Report on vaccination in Madras 1922-1929 - 1922-1929
Year: 1922
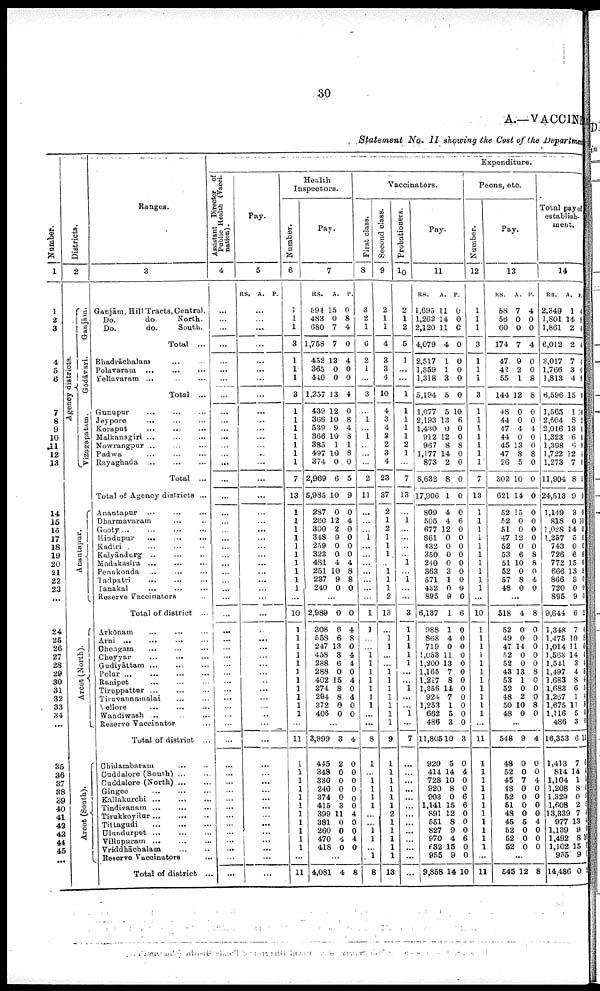
30
A.—VACCINE
Statement No. II showing the Cost of the Department
Number.
1
1
2
3
4
5
6
7
8
9
10
11
12
13
14
15
16
17
18
19
20
21
22
23
...
24
25
26
27
28
29
30
31
32
33
34
...
35
36
37
38
39
40
41
42
43
44
45
...
Districts.
2
Agency districts.
Ganjām.
Gōdāvari.
Vizagapatam.
Anantapur.
Arcot (North).
Arcot (South).
Ranges.
3
Ganjām, Hill Tracts, Central.
Do.
do.
North.
Do.
do.
South.
Total ...
Bhadrāchalam ... ...
Polavaram
...
...
...
Yellavaram ... ... ...
Total ...
Gunupur ... ... ...
Jeypore ... ... ...
Koraput
...
...
...
Malkanagiri ... ... ...
Nowrangpur ... ... ...
Padwa ... ... ...
Rayaghada
...
...
...
Total ...
Total of Agency districts ...
Anantapur
...
...
...
Dharmavaram ... ... ...
Gooty
...
...
...
...
Hindupur
... ... ...
Kadiri
...
...
...
...
Kalyāndurg
...
...
...
Madakasira ... ... ...
Penukonda
...
...
...
Tadpatri ... ... ...
Tanakal
...
...
...
Reserve Vaccinators ...
Total of district ...
Arkōnam ... ... ...
Arni ... ... ...
Chengam ... ... ...
Cheyyar
...
...
...
Gudiyāttam
...
...
...
Polur
...
...
...
...
Ranipet ... ... ...
Tiruppattur
...
...
...
Tiruvannamalai ... ...
Nellore ... ... ...
Wandiwash
...
...
...
Reserve Vaccinator ...
Total of district ...
Chidambaram
...
...
Cuddalore (South ) ... ...
Cuddalore (North) ... ...
Gingee
...
...
...
Kallakurchi ... ... ...
Tindivanam
...
...
...
Tirukkoyilur
...
...
...
Tittagudi
...
...
...
Ulundurpet
...
...
...
Villupuram ... ... ...
Vriddhāchalam
...
...
Reserve Vaccinators ...
Total of district ...
Expenditure.
Assistant Director of
Public Health (Vacci
nation) .
4
...
...
...
...
...
...
...
...
...
...
...
...
...
...
...
...
...
...
...
...
...
...
...
...
...
...
...
...
...
...
...
...
...
...
...
...
...
...
...
...
...
...
...
...
...
...
...
...
...
...
...
...
...
...
...
Pay.
5
RS. A. P.
...
...
...
...
...
...
...
...
...
...
...
...
...
...
...
...
...
...
...
...
...
...
...
...
...
...
...
...
...
...
...
...
...
...
...
...
...
...
...
...
...
...
...
...
...
...
...
...
...
...
...
...
...
...
...
Health
Inspectors.
Number.
6
1
1
1
3
1
1
1
3
1
1
1
1
1
1
1
7
13
1
1
1
1
1
1
1
1
1
1
...
10
1
1
1
1
1
1
1
1
1
1
1
...
11
1
1
1
1
1
1
1
1
1
1
1
...
11
Pay.
7
RS.
594
483
680
1,758
452
365
440
1,257
439
366
539
366
385
497
374
2,969
5,985
287
260
300
348
259
323
481
251
237
240
A.
15
0
7
7
13
0
0
13
12
10
9
10
1
10
0
6
10
0
12
2
9
0
0
4
10
9
0
P.
0
8
4
0
4
0
0
4
0
8
4
8
1
8
0
5
9
0
4
0
0
0
0
4
8
8
0
...
2,989
308
558
247
458
288
288
402
374
294
372
406
0
6
6
13
3
6
0
15
8
8
0
0
0
4
8
0
4
4
0
4
0
4
0
0
...
3,999
445
348
330
240
374
415
399
381
260
470
418
3
2
0
0
0
0
3
11
0
0
4
0
4
0
0
0
0
0
0
4
0
0
4
0
...
4,081 4 8
Vaccinators.
First class.
8
3
2
1
6
2
1
...
3
...
1
...
1
...
...
...
2
11
...
...
...
1
...
...
...
...
...
...
...
1
1
...
...
1 1
1
1
1
1
1
...
...
8
1
...
1 1
1
1
...
...
1
1
...
1
8
Second class.
9
2
1
1
4
3
3
4
10
4
3
4
3
2
3
4
23
37
2
1
2
1
1
1
...
1
1
1
2
13
...
1
1
...
...
1
1
1
1
1
1
1
9
1
1
1
1
1
1
2
1
1
1
1
1
13
Probationers.
10
2
1
2
5
1
...
...
1
1
1
1
1
2
1
...
7
13
...
1
...
...
...
...
1
...
1
...
...
3
1
1
1
1
1
...
...
1
...
...
1
...
7
...
...
...
...
...
...
...
...
...
...
...
...
...
Pay.
11
RS.
1,695
1,262
2,120
4,079
2,517
1,359
1,318
5,194
1,077
2,193
1,430
912
967
1,177
873
8,632
17,906
809
505
677
861
432
350
240
363
571
432
895
6,137
988
868
719
1,053
1,200
1,165
1,227
1,256
924
1,253
662
486
11,805
920
414
728
920
903
1,141
891
551
827
970
632
955
9,858
A.
11
14
11
4
1
1
3
5
5
13
0
12
8
14
2
8
1
4
4
12
0
0
0
0
3
1
0
9
1
1
4
0
11
13
7
8
14
7
1
5
3
10
5
14
10
8
0
15
12
8
9
4
15
9
14
P.
0
0
0
0
0
0
0
0
10
6
0
0
8
0
0
0
0
0
6
0
0
0
0
0
0
0
0
0
6
0
0
0
0
0
0
0
0
0
0
0
0
3
0
4
0
0
6
6
0
0
0
6
0
0
10
Peons, etc
Number.
12
1
1
1
3
1
1
1
3
1
1
1
1
1
1
1
7
13
1
1
1
1
1
1
1
1
1
1
...
10
1
1
1
1
1
1
1
1
1
1
1
...
11
1
1
1
1
1
1
1
1
1
1
1
...
11
Pay.
13
RS.
58
56
60
174
47
42
55
144
48
44
47
44
45
47
26
302
621
52
52
51
47
52
53
51
52
57
48
A.
7
0
0
7
9
2
1
12
0
0
4
0
13
3
5
10
14
15
0
0
12
0
6
10
0
8
0
P.
4
0
0
4
0
0
8
8
0
0
4
0
0
8
0
0
0
0
0
0
0
0
8
8
0
4
0
...
518
52
49
47
52
52
43
53
52
48
50
48
4
0
0
14
0
0
13
1
0
2
10
0
8
0
0
0
0
0
8
0
0
0
8
0
...
548
48
52
45
48
52
51
48
45
52
52
52
9
0
0
7
0
0
0
0
5
0
0
0
4
0
0
4
0
0
0
0
4
0
0
0
...
545 12 8
Total pay of
establish
ment.
14
RS.
2,349
1,801
1,861
6,012
3,017
1,766
1,813
6,596
1,565
2,604
2,016
1,323
1,398
1,722
1,273
11,904
24,513
1,149
818
1,028
1,257
743
726
772
666
866
720
895
9,644
1,348
1,475
1,014
1,563
1,541
1,497
1,683
1,683
1,267
1,675
1,116
486
16,353
1,413
814
1,104
1,208
1,329
1,608
13,339
977
1,139
1,492
1,102
955
14,486
A.
1
14
2
2
7
3
4
15
1
8
13
6
6
12
7
8
9
3
0
14
5
0
6
15
13
3
0
9
6
7
10
11
14
3
4
8
6
1
11
5
3
6
7
14
1
8
0
2
7
18
9
8
15
9
0
P.
4
8
4
4
4
0
8
0
10
2
8
8
9
4
0
5
9
0
10
0
0
0
8
0
8
0
0
0
2
4
8
0
4
4
8
4
3
4
8
0
0
11
0
4
4
0
6
6
4
4
0
10
0
0
1